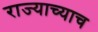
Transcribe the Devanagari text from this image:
राज्याच्याच